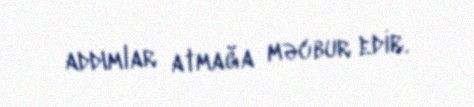
addımlar atmağa məcbur edir.